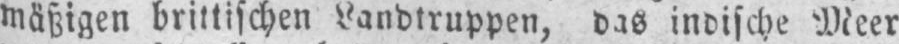
mäßigen brittischen Landtruppen, das indische Meer